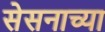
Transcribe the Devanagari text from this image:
सेसनाच्या